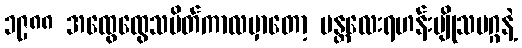
၁၉၈၈ အထွေထွေသပိတ်ကာလမှာတော့ မန္တလေးရဟန်းပျိုသမဂ္ဂနဲ့